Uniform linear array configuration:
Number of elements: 12
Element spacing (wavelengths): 0.75
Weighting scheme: blackman
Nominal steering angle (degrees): -15
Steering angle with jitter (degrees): -15.974
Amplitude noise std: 0.05
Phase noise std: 0.05

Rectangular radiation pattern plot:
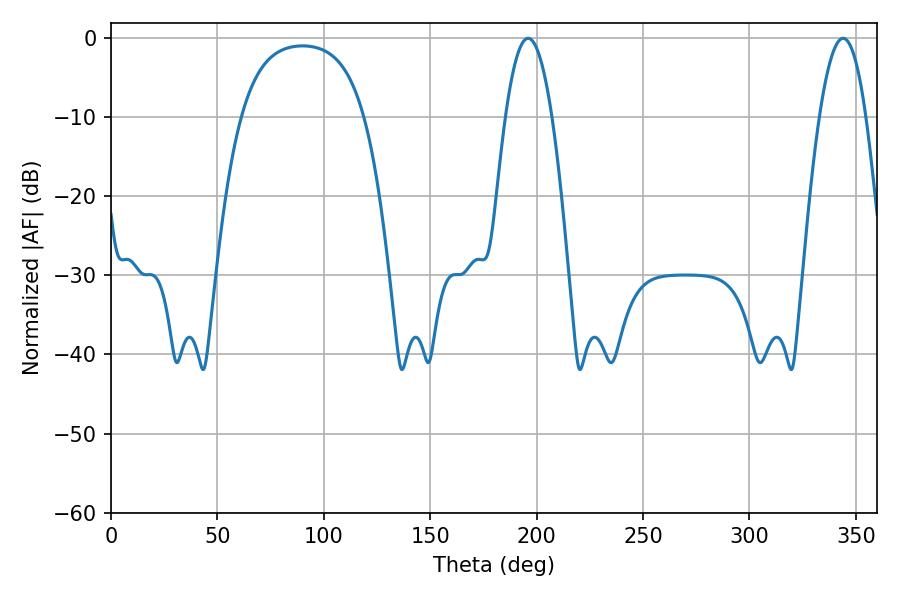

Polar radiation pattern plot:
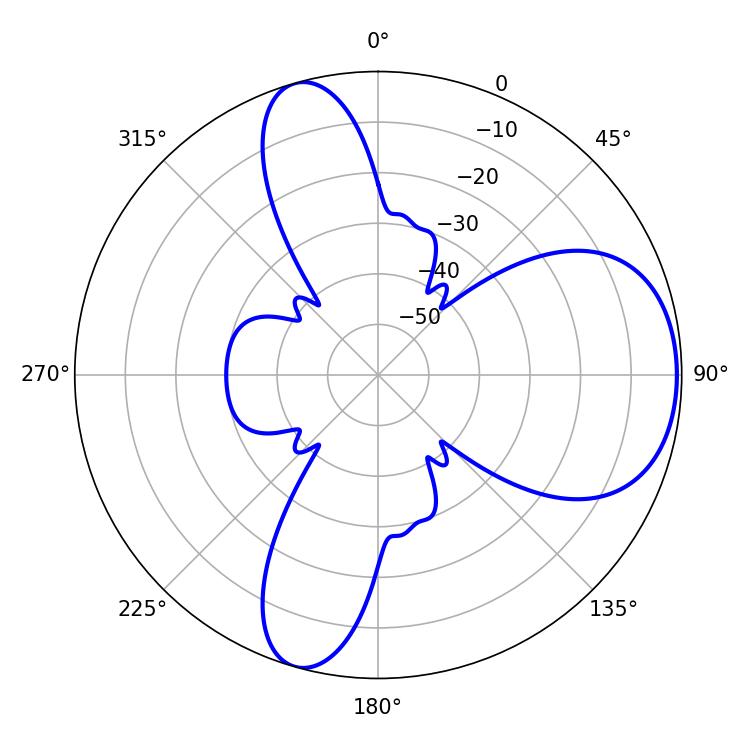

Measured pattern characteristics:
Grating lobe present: TRUE
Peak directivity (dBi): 6.907
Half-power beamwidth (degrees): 12.06
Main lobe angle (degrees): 343.98